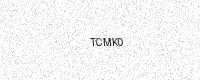
Text: TCMK0